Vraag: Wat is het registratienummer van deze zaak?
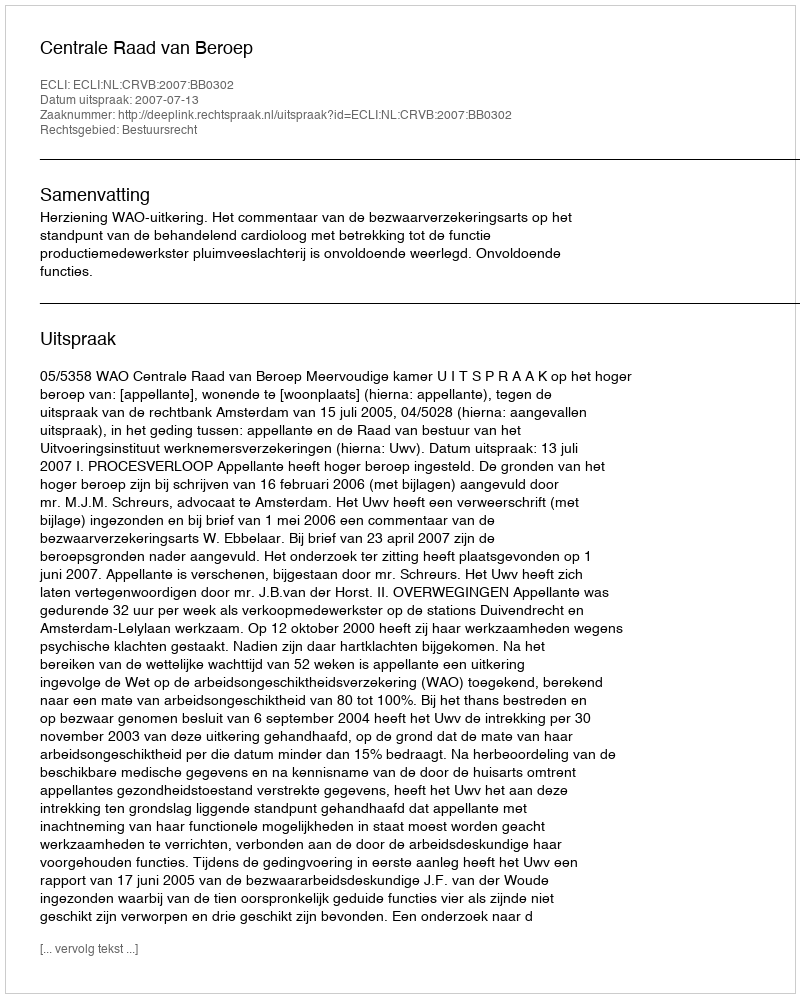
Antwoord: http://deeplink.rechtspraak.nl/uitspraak?id=ECLI:NL:CRVB:2007:BB0302